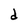
Character: d